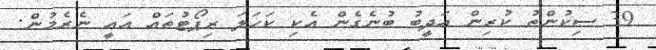
39 ސިކުންތު ކުރިން އަދީބު ބުނެގެން އެކި ކަހަލަ ރިޕޯޓުތައް އައީ ނެރެމުން: